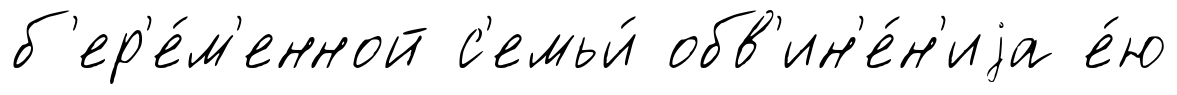
б'ер'е́м'енной с'емьи́ обв'ин'е́н'иjа е́ю